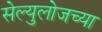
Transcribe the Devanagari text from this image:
सेल्युलोजच्या